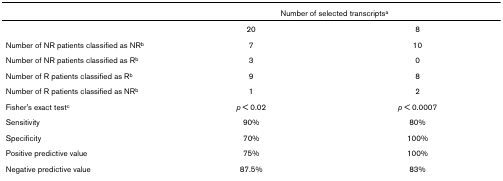
|  | <COLSPAN=2> Number of selected transcriptsa |
 | --- | --- | --- |
 |  | 20 | 8 |
 | Number of NR patients classified as NRb | 7 | 10 |
 | Number of NR patients classified as Rb | 3 | 0 |
 | Number of R patients classified as Rb | 9 | 8 |
 | Number of R patients classified as NRb | 1 | 2 |
 | Fisher's exact testc | p < 0.02 | p < 0.0007 |
 | Sensitivity | 90% | 80% |
 | Specificity | 70% | 100% |
 | Positive predictive value | 75% | 100% |
 | Negative predictive value | 87.5% | 83% |